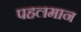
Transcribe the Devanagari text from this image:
पहलमान